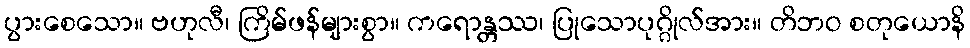
ပွားစေသော။ ဗဟုလီ၊ ကြိမ်ဖန်များစွာ။ ကရောန္တဿ၊ ပြုသောပုဂ္ဂိုလ်အား။ တိဘဝ စတုယောနိ